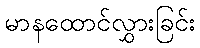
မာနထောင်လွှားခြင်း